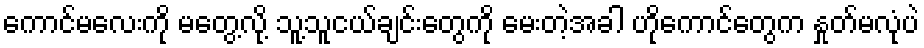
ကောင်မလေးကို မတွေ့လို့ သူ့သူငယ်ချင်းတွေကို မေးတဲ့အခါ ဟိုကောင်တွေက နှုတ်မလုံပဲ